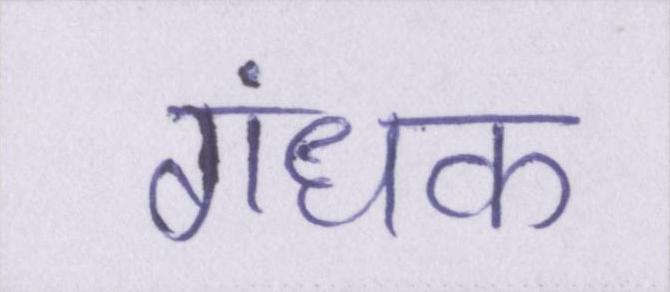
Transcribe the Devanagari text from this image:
गंधक